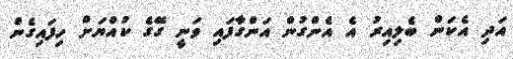
އަދި އެކަން ބެލިއިރު އެ އެންގުން އަންގާފައި ވަނީ ގޭގެ ކުއްޔަށް ހިފައިގެން